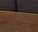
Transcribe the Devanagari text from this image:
सोवियतो